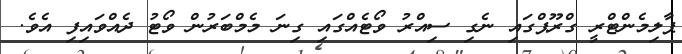
ޕާލިމެންޓްރީ ގްރޫޕްގައި ނެގި ސިއްރު ވޯޓެއްގައި ގިނަ މެމްބަރުން ވޯޓު ދެއްވައިފި އެވެ.